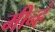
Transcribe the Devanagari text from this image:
मीन्हं